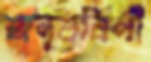
অনুবর্তিনী